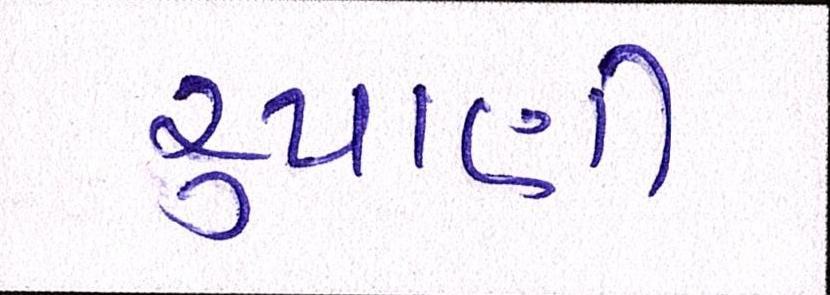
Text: રુપાણી